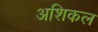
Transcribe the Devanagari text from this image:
अशिकल